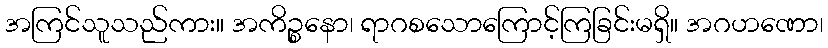
အကြင်သူသည်ကား။ အကိဉ္စနော၊ ရာဂစသောကြောင့်ကြခြင်းမရှိ။ အဂဟဏော၊